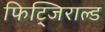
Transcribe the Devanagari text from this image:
फिट्जिराल्ड